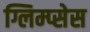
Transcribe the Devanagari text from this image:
ग्लिम्प्सेस